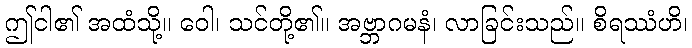
ဤငါ၏ အထံသို့။ ဝေါ၊ သင်တို့၏။ အဗ္ဘာဂမနံ၊ လာခြင်းသည်။ စိရဿံဟိ၊